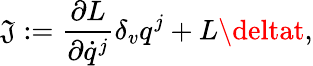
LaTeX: {\mathfrak{J}}:=\frac{{\partial{L}}}{{\partial\dot{{q}}^{j}}}\delta_{v}q^{j}+{L}\deltat,